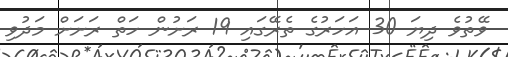
ވޭތުވެ ދިޔަ 30 އަހަރުގެ ތެރޭގައި 19 ރަށުން ހަތް ރަށަށް މަދުވި